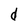
Character: d